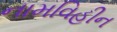
નામવિહીન